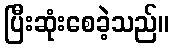
ပြီးဆုံးစေခဲ့သည်။